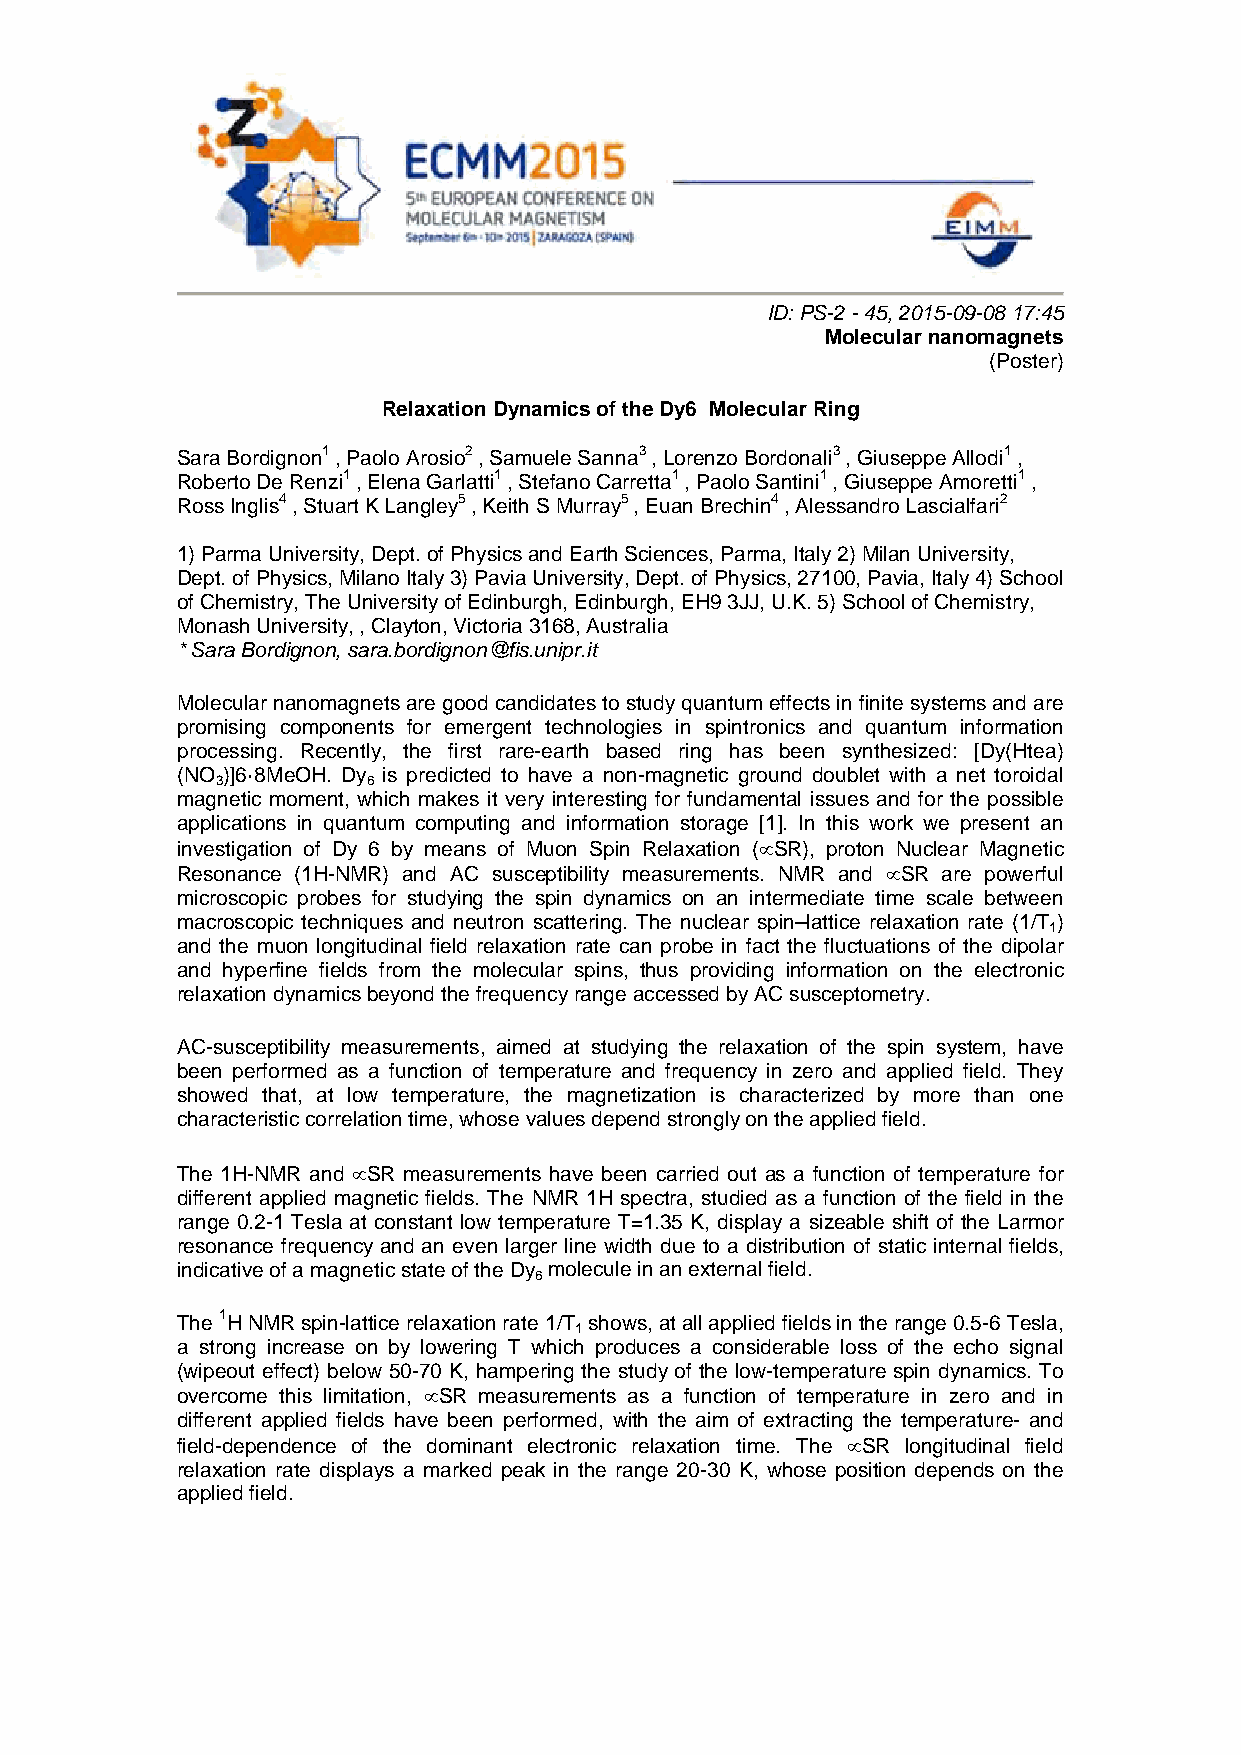
ID: PS-2 - 45, 2015-09-08 17:45
 Molecular nanomagnets
 (Poster)
 Relaxation Dynamics of the Dy6 Molecular Ring
 Sara Bordignon1 , Paolo Arosio2 , Samuele Sanna3 , Lorenzo Bordonali3 , Giuseppe Allodi1 ,
 Roberto De Renzi1 , Elena Garlatti1 , Stefano Carretta1 , Paolo Santini1 , Giuseppe Amoretti1 ,
 Ross Inglis4 , Stuart K Langley5 , Keith S Murray5 , Euan Brechin4 , Alessandro Lascialfari2
 1) Parma University, Dept. of Physics and Earth Sciences, Parma, Italy 2) Milan University,
 Dept. of Physics, Milano Italy 3) Pavia University, Dept. of Physics, 27100, Pavia, Italy 4) School
 of Chemistry, The University of Edinburgh, Edinburgh, EH9 3JJ, U.K. 5) School of Chemistry,
 Monash University, , Clayton, Victoria 3168, Australia
 * Sara Bordignon, sara.bordignon@fis.unipr.it
 Molecular nanomagnets are good candidates to study quantum effects in finite systems and are
 promising components for emergent technologies in spintronics and quantum information
 processing. Recently, the first rare-earth based ring has been synthesized: [Dy(Htea)
 (NO )]6·8MeOH. Dy is predicted to have a non-magnetic ground doublet with a net toroidal
 3         6
 magnetic moment, which makes it very interesting for fundamental issues and for the possible
 applications in quantum computing and information storage [1]. In this work we present an
 investigation of Dy 6 by means of Muon Spin Relaxation (SR), proton Nuclear Magnetic
 Resonance (1H-NMR) and AC susceptibility measurements. NMR and SR are powerful
 microscopic probes for studying the spin dynamics on an intermediate time scale between
 macroscopic techniques and neutron scattering. The nuclear spin–lattice relaxation rate (1/T )
 1
 and the muon longitudinal field relaxation rate can probe in fact the fluctuations of the dipolar
 and hyperfine fields from the molecular spins, thus providing information on the electronic
 relaxation dynamics beyond the frequency range accessed by AC susceptometry.
 AC-susceptibility measurements, aimed at studying the relaxation of the spin system, have
 been performed as a function of temperature and frequency in zero and applied field. They
 showed that, at low temperature, the magnetization is characterized by more than one
 characteristic correlation time, whose values depend strongly on the applied field.
 The 1H-NMR and SR measurements have been carried out as a function of temperature for
 different applied magnetic fields. The NMR 1H spectra, studied as a function of the field in the
 range 0.2-1 Tesla at constant low temperature T=1.35 K, display a sizeable shift of the Larmor
 resonance frequency and an even larger line width due to a distribution of static internal fields,
 indicative of a magnetic state of the Dy molecule in an external field.
 6
 The 1H NMR spin-lattice relaxation rate 1/T shows, at all applied fields in the range 0.5-6 Tesla,
 1
 a strong increase on by lowering T which produces a considerable loss of the echo signal
 (wipeout effect) below 50-70 K, hampering the study of the low-temperature spin dynamics. To
 overcome this limitation, SR measurements as a function of temperature in zero and in
 different applied fields have been performed, with the aim of extracting the temperature- and
 field-dependence of the dominant electronic relaxation time. The SR longitudinal field
 relaxation rate displays a marked peak in the range 20-30 K, whose position depends on the
 applied field.